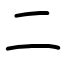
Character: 二